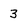
Character: 3